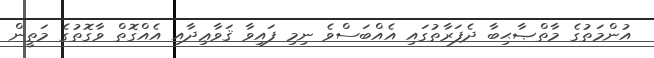
އުންމަތުގެ މާތްޞާޙިބާ ދެފަރާތުގައި އެއްބަސްވެ ނިމި ފައިވާ ޤަވާޢިދާއި އެއްގޮތް ވާގޮތުގެ މަތީން